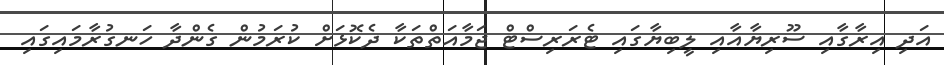
އަދި އިރާގާއި ސޫރިޔާއާއި ލީބިޔާގައި ޓެރަރިސްޓް ޖަމާއަތްތަކާ ދެކޮޅަށް ކުރަމުން ގެންދާ ހަނގުރާމައިގައި